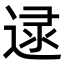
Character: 𨓻